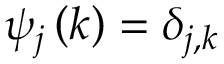
\psi _ { j } \left( k \right) = \delta _ { j , k }